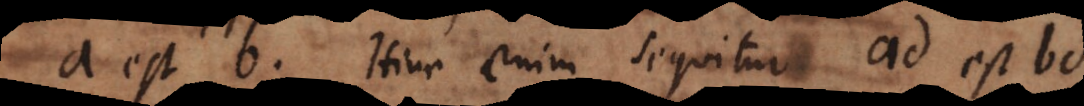
a est b. Hinc enim sequitur ad est bd